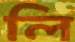
লি